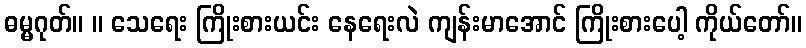
ဓမ္မဂုတ်။ ။ သေရေး ကြိုးစားယင်း နေရေးလဲ ကျန်းမာအောင် ကြိုးစားပေါ့ ကိုယ်တော်။